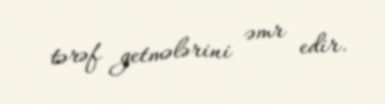
tərəf getmələrini əmr edir.